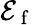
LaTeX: \mathcal{E}_{\mathrm{~f~}}